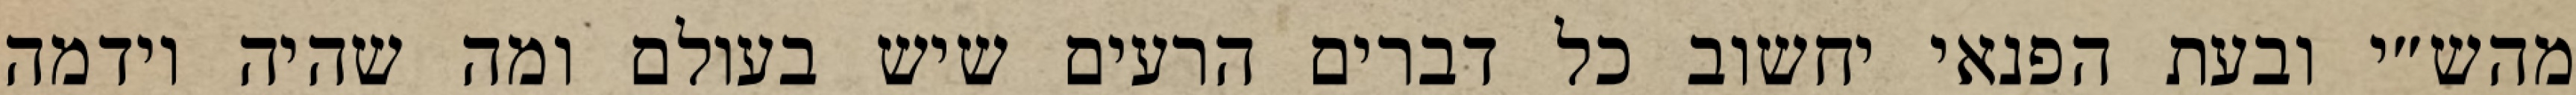
מהש״י ובעת הפנאי יחשוב כל דברים הרעים שיש בעולם ומה שהיה וידמה